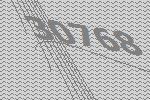
30768